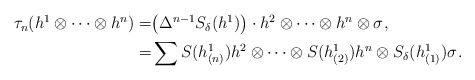
\begin{align*}\begin{aligned}\tau_{n}(h^1 \otimes \cdots \otimes h^{n} )=&\big( \Delta^{n-1} S_{\delta}(h^1) \big) \cdot h^2 \otimes \cdots\otimes h^{n} \otimes \sigma^{}, \\=&\sum S(h^1_{(n)})h^2\otimes \cdots \otimes S(h^1_{(2)})h^n \otimes S_{\delta}(h^1_{(1)})\sigma^{}.\end{aligned}\end{align*}